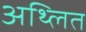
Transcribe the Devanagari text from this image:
अथ्लित